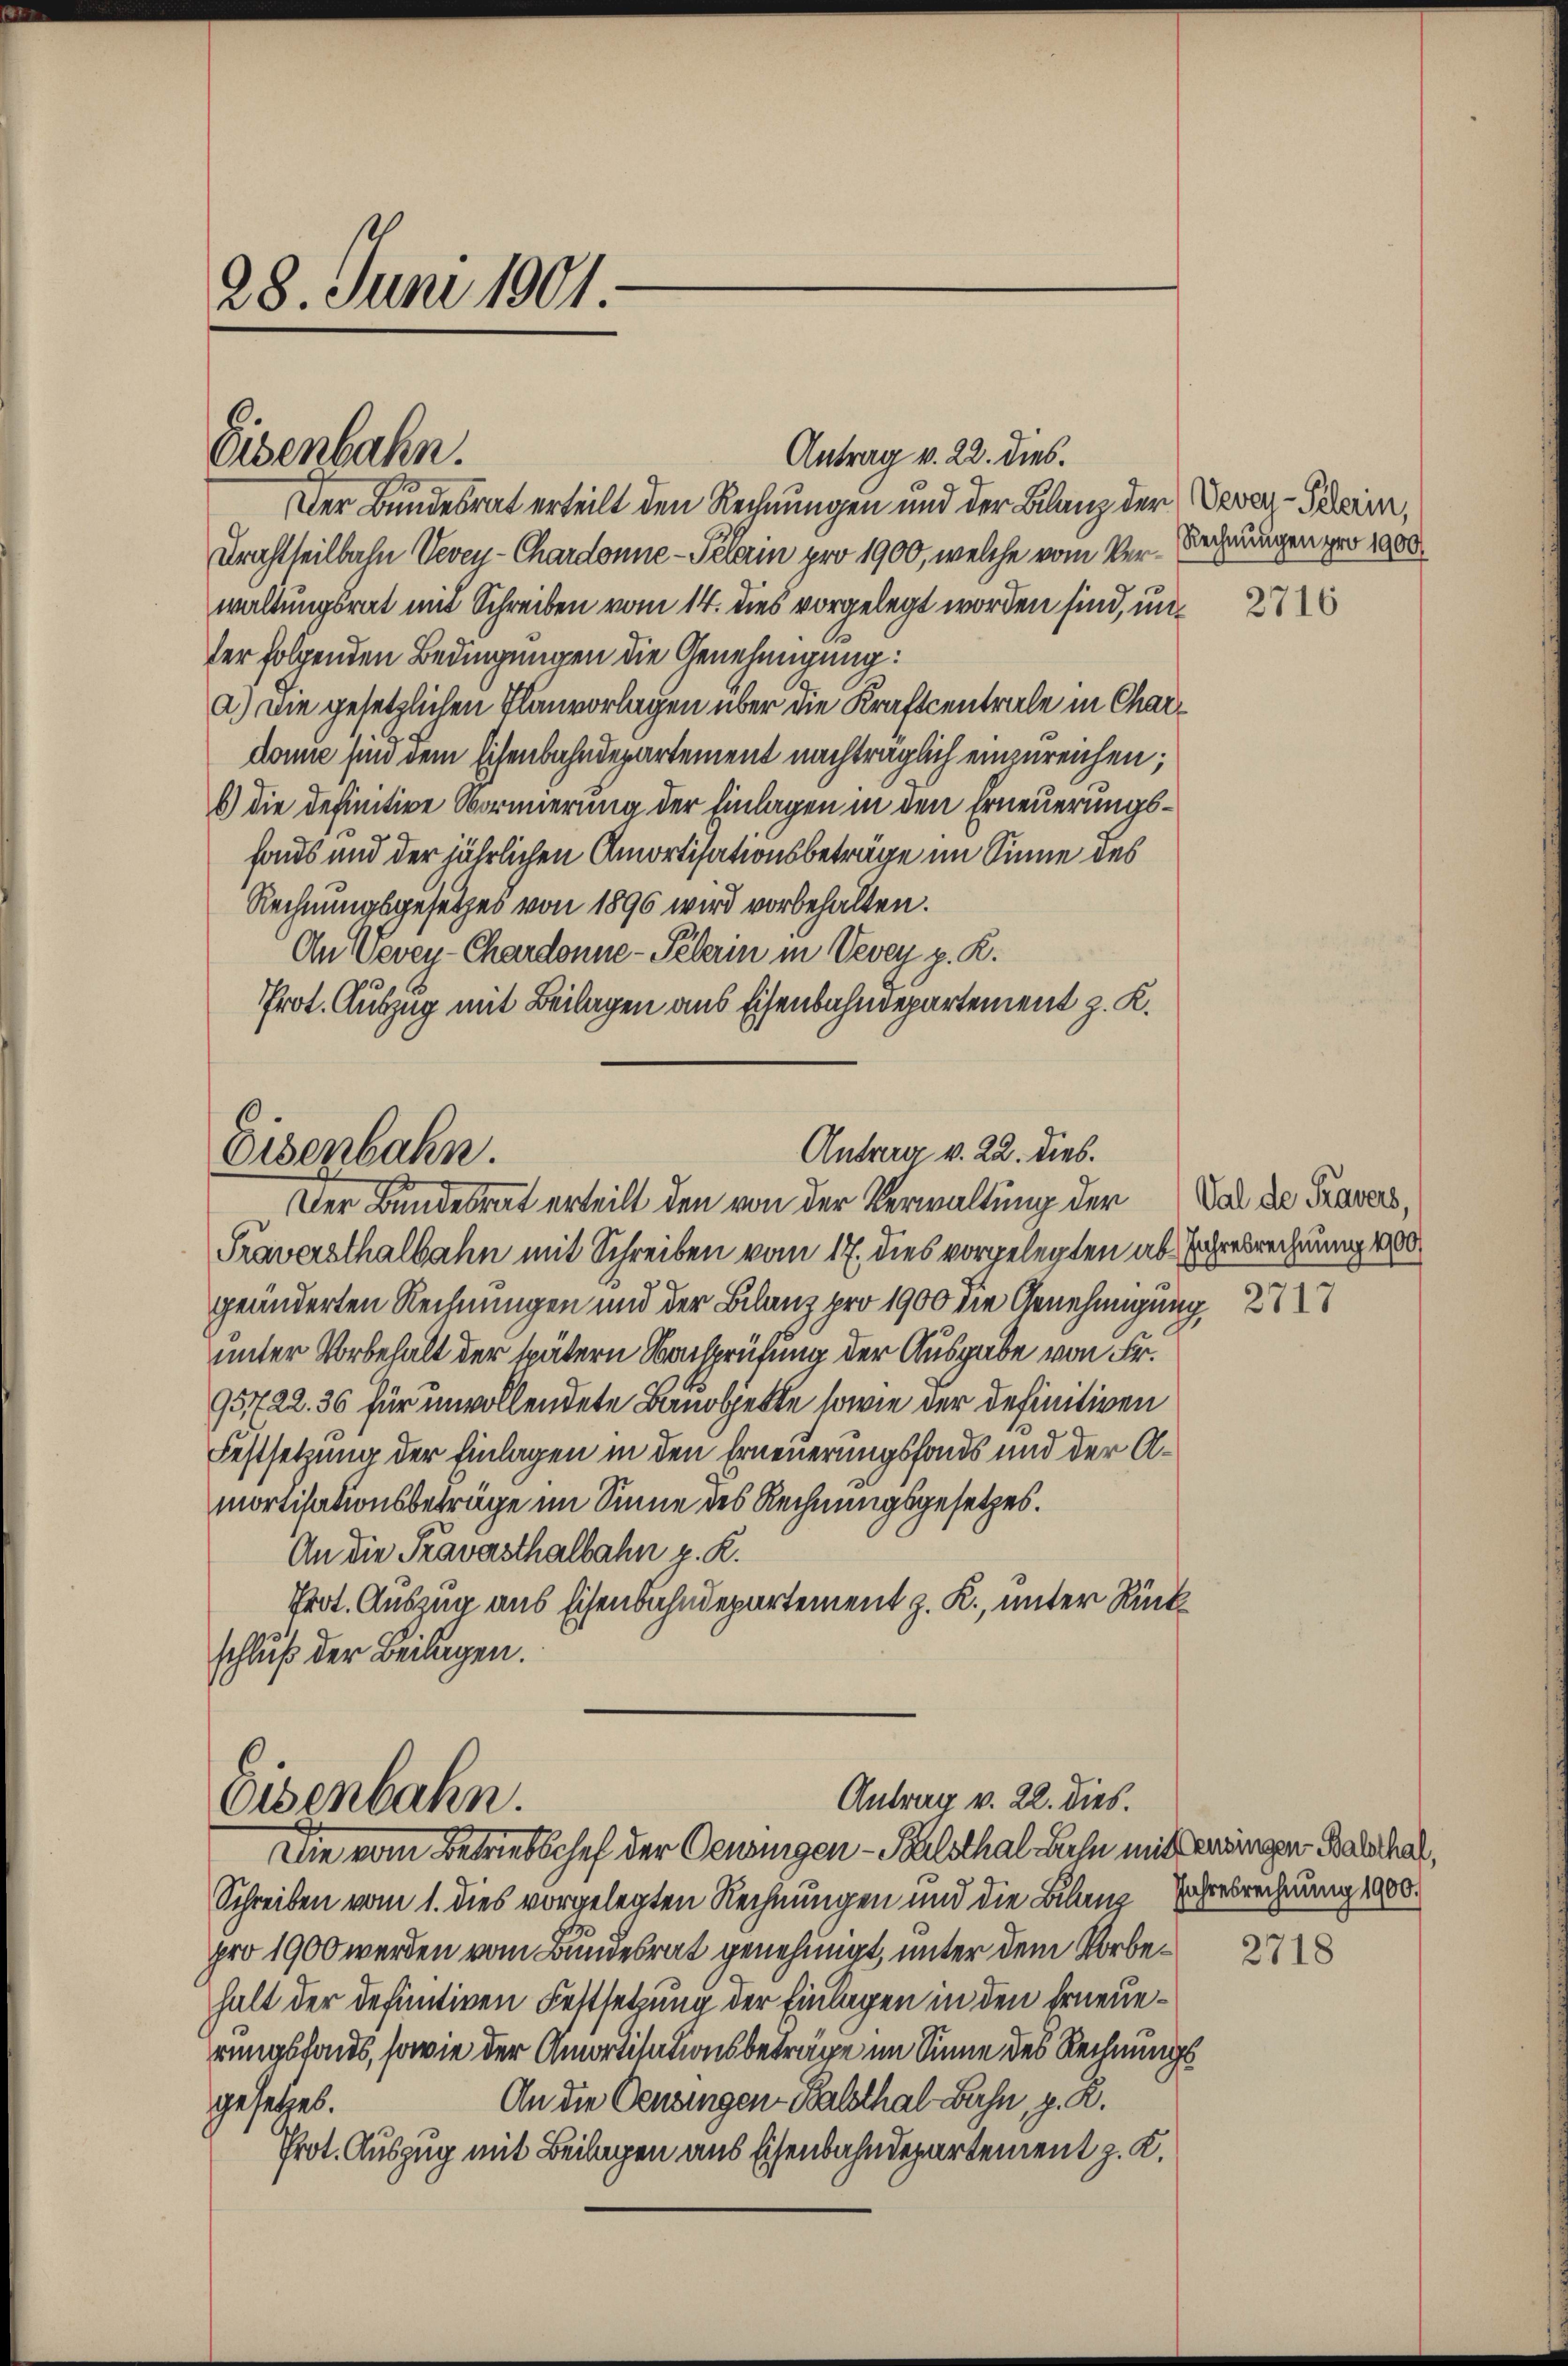
28. Juni 1901.

Eisenbahn.

Der Bundesrat erteilt den Rechnungen und der Bilanz der Devar-Schein,
Drachtheilbahn Vevey-Chardonne-Pelerin pro 1900, welche vom Ver- Rechnungen pro 1900
waltungsrat mit Schreiben vom 14. dies vorgelegt worden sind, unser folgenden Bedingungen die Genehmigung:
a.) Die gesetzlichen Planvorlagen über die Kraftcentrale in Chardonie sind dem Eisenbahndepartement nachträglich einzureichen;
6) die definitive Vormierung der Einlagen in den Erneuerungshaus und der jährlichen Amortisationsbeträge im Sinne des
Rechnungsgesetzes von 1896 wird vorbehalten.
An Vevey-Chardonne-Pelerin in Vevey p. R.
Prot. Auszug mit Beilagen aus Eisenbahndepartement z. K.

Antrag v. 22. dies.

Antrag v. 22. dies.
Eisenbahn.
Der Bundesrat erteilt den von der Verwaltung der

Antrag v. 22. dies.
Osenbahn
Die vom Betriebschef der Gewingen - Polsthal diese mit Geneingen Balthat,

Traversthalbahn mit Schreiben vom 17. dies vorgelegten ab- Ihresrechnung 1000
geänderten Rechnungen und der Bilanz pro 1900 die Genehmigung
unter Vorbehalt der spätern Versprüfung der Ausgabe von Fr.
95722. 36 für unvollendete Bauobjekte sowie der definitiven
Festsetzung der Einlagen in den Erneuerungsfonds und der Amortisationsbeträge im Sinne des Rechnungsgesetzes.
An die Travasthalbahn z. R.
Prot. Auszug aus schenbahndepartement z. K., unter Rückschluß der Beilagen.

Schreiben vom 1. dies vorgelegten Rechnungen und die Bilanz Jahresrechnung 1900
pro 1900 werden vom Bundesrat genehmigt, unter dem Vorbehalt der definitiven Festsetzung der Einlagen in den Erneuerungsfonds, sowie der Amortisationsbeträge im Sinne des Rechnungs¬
An die Censingen Balsthal Bahn, z. R.
gesetzes.
Prot. Auszug mit Beilagen aus Eisenbahndepartement z. K.

2716

Val de Pravers,

2718